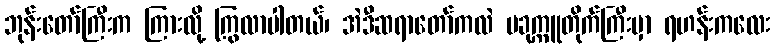
ဘုန်းတော်ကြီးက ကြားလို့ ကြွလာပါတယ်၊ အဲဒီဆရာတော်ကလဲ ပခုက္ကူတိုက်ကြီးမှာ ရဟန်းကလေး